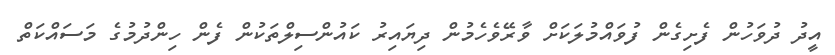
އީދު ދުވަހުން ފެށިގެން ފުވައްމުލަކަށް ވާރޭވެހެމުން ދިޔައިރު ކައުންސިލްތަކުން ފެން ހިންދުމުގެ މަސައްކަތް